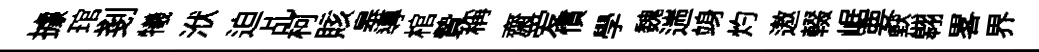
據琯剗犧洑迫乩柯賅皋導棺贄稱齋爱慣學魏遄竧灼遨輟崌要黙翱畧界